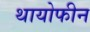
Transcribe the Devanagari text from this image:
थायोफीन